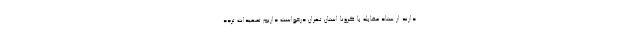
دارند از ستاد مقابله با کرونا استان تهران درخواست داریم تمهیدات تردد